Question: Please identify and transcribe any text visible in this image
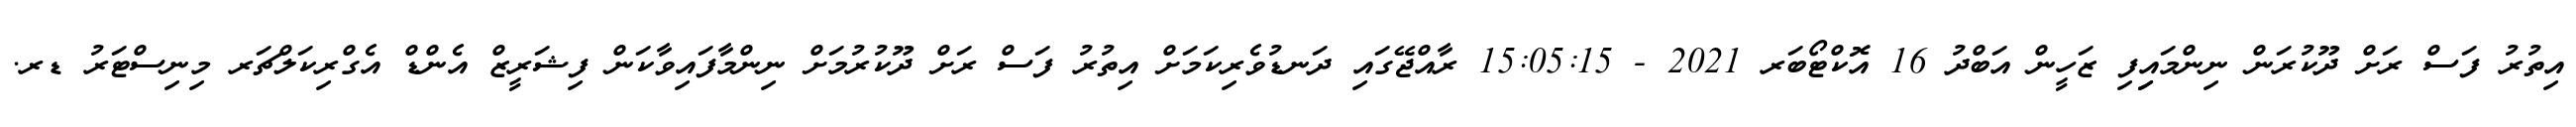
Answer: އިތުރު ފަސް ރަށް ދޫކުރަން ނިންމައިިފި ޒަހީން އަބްދު 16 އޮކްޓޯބަރ 2021 - 15:05:15 ރާއްޖޭގައި ދަނޑުވެރިކަމަށް އިތުރު ފަސް ރަށް ދޫކުރުމަށް ނިންމާފައިވާކަން ފިޝަރީޒް އެންޑް އެގްރިކަލްޗަރ މިނިސްޓަރު ޑރ.